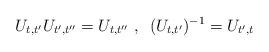
LaTeX: \begin{align*}U_{t,t^{\prime}}U_{t^{\prime},t^{\prime\prime}}=U_{t,t^{\prime\prime}}\text{\ , \ }(U_{t,t^{\prime}})^{-1}=U_{t^{\prime},t} \end{align*}